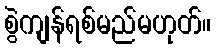
စွဲကျန်ရစ်မည်မဟုတ်။